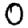
Digit: 0